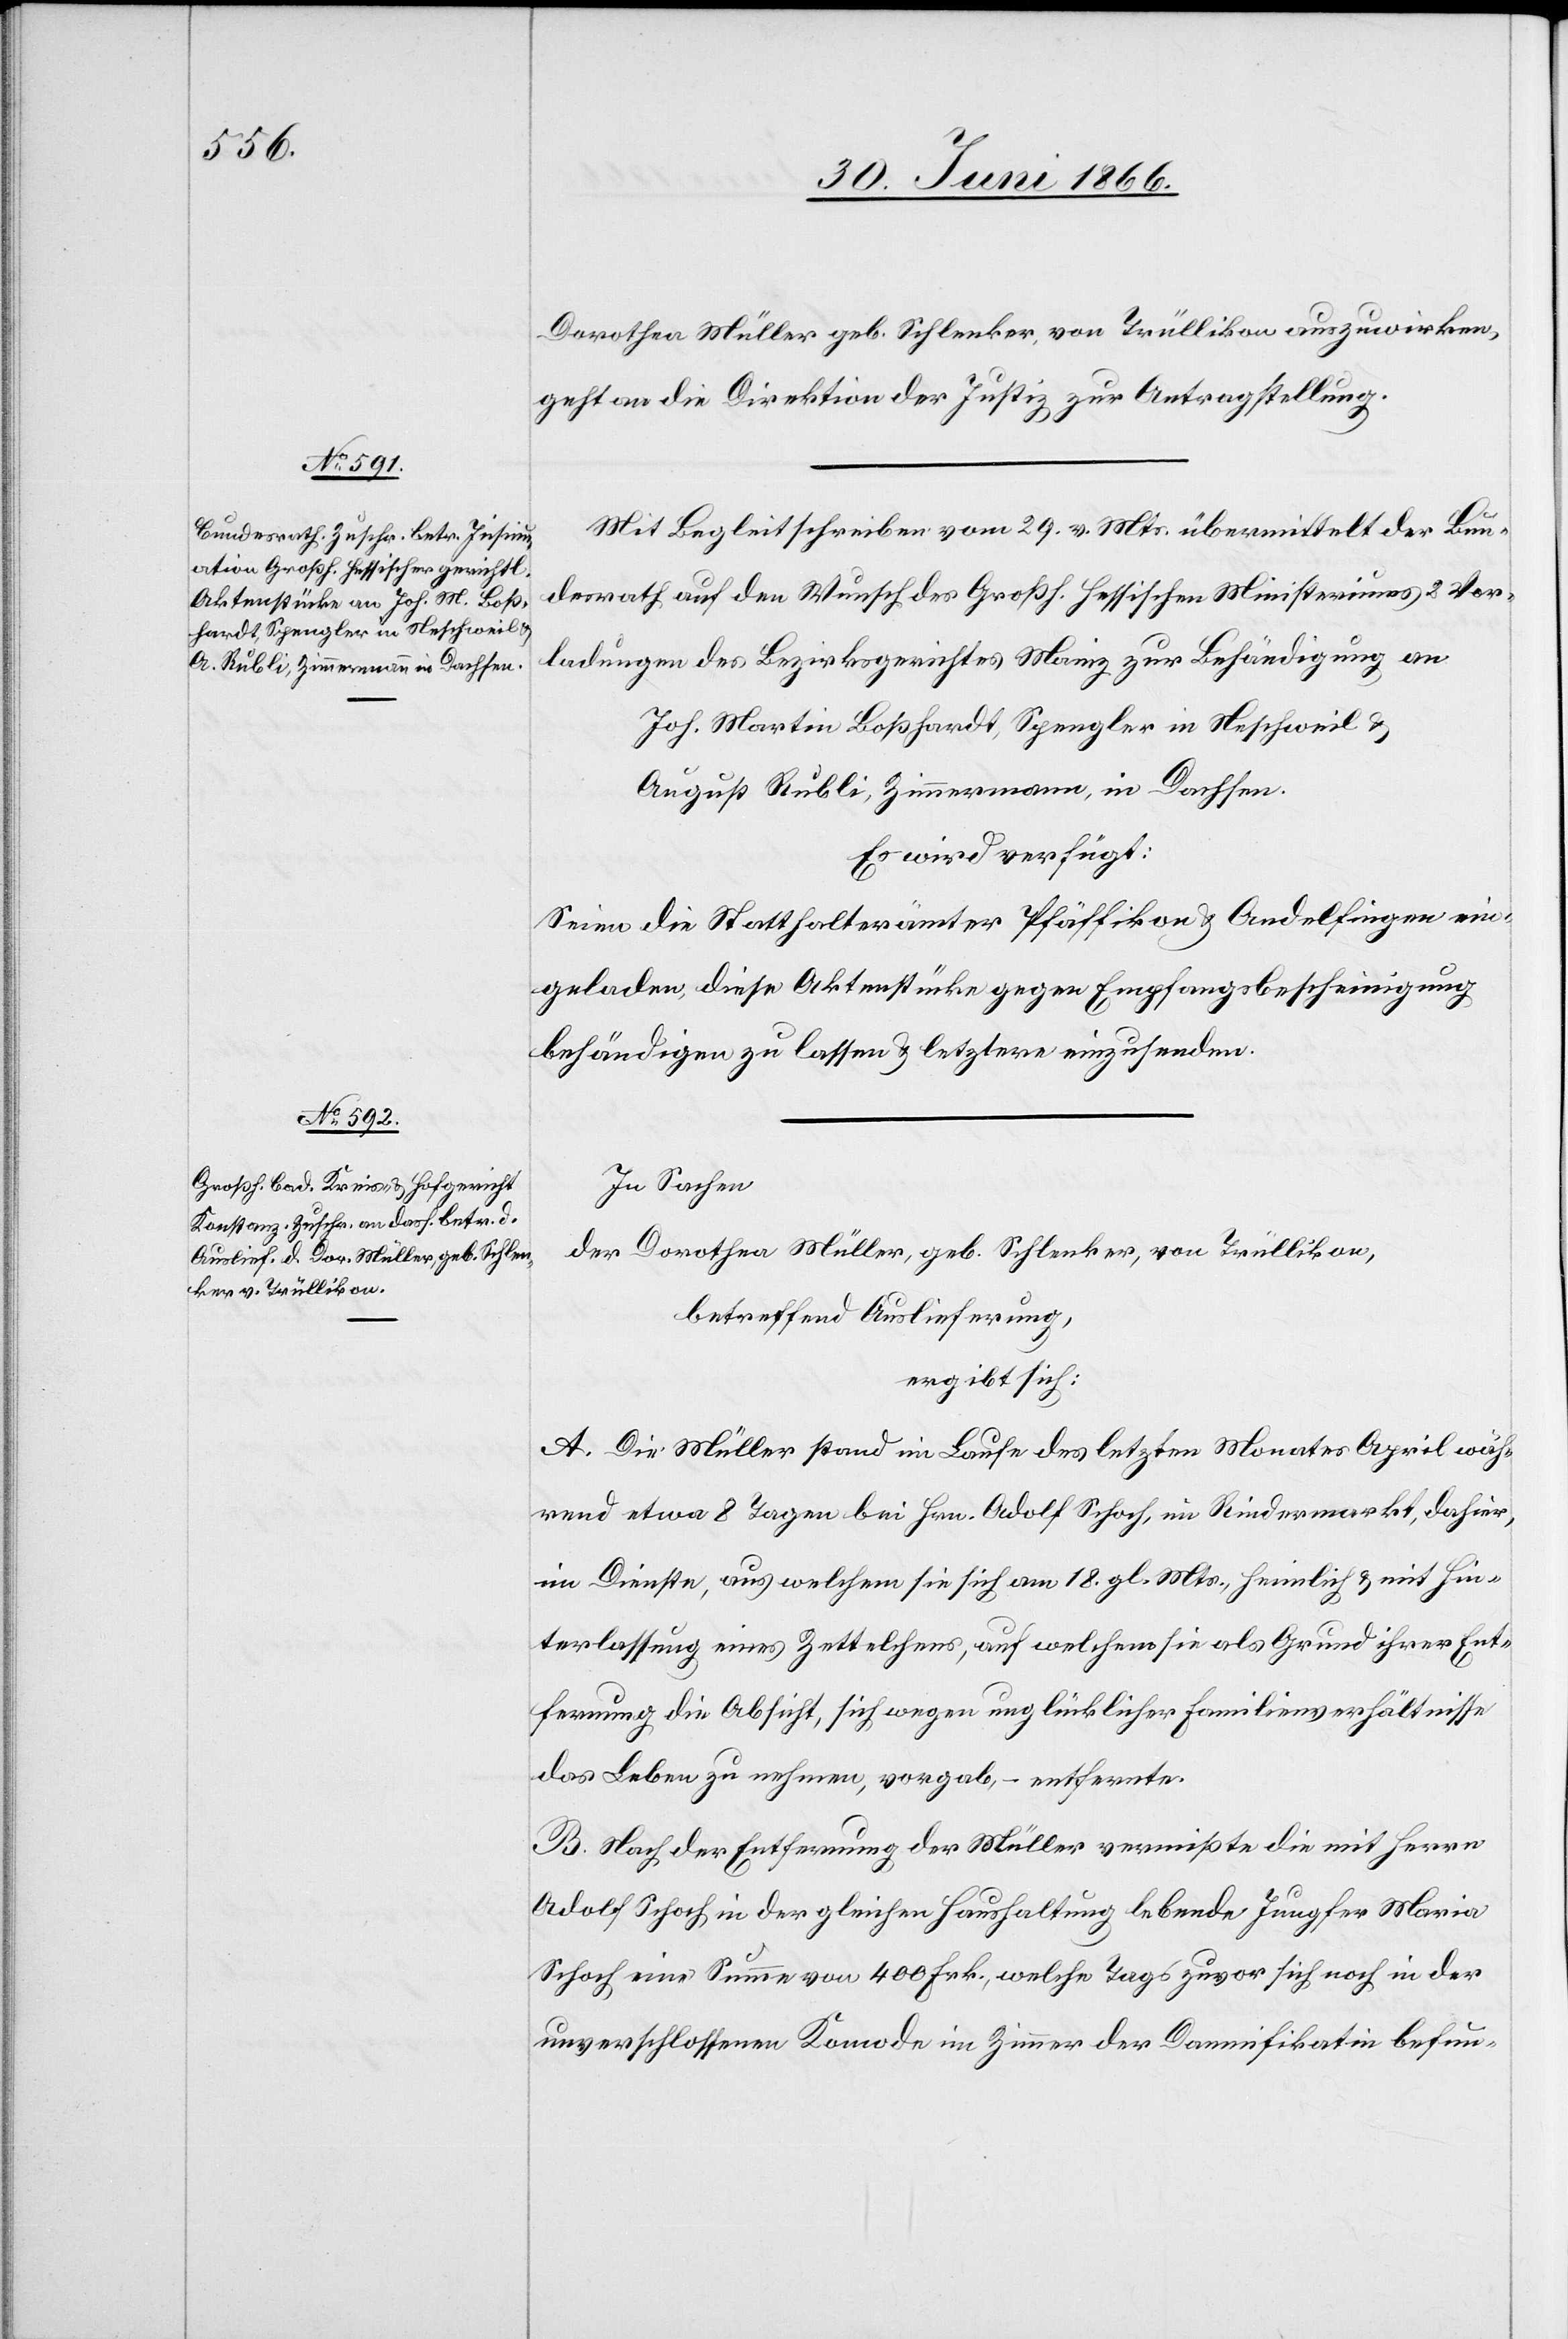
Dorothea Müller geb. Schlenker, von Trüllikon auszuwirken,
geht an die Direktion der Justiz zur Antragstellung.
Mit Begleitschreiben vom 29. v. Mts. übermittelt der Bun¬
desrath auf den Wunsch der Großh. hessischen Ministeriums 2 Vor¬
ladungen des Bezirksgerichtes Mainz zur Behändigung an
Joh. Martin Boßhardt, Spengler in Neschweil u.
August Rubli, Zimmermann, in Dachsen.
Es wird verfügt:
Seien die Statthalterämter Pfäffikon u. Andelfingen ein¬
geladen, diese Aktenstücke gegen Empfangsbescheinigung
behändigen zu lassen u. letztere einzusenden.
In Sachen
der Dorothea Müller, geb. Schlenker, von Trüllikon,
betreffend Auslieferung,
ergibt sich:
A. Die Müller stand im Laufe des letzten Monates April wäh¬
rend etwa 8 Tagen bei Hrn. Adolf Schoch, im Rindermarkt, dahier,
im Dienste, aus welchem sie sich am 18. gl. Mts., heimlich u. mit Hin¬
terlassung eines Zettelchens, auf welchem sie als Grund ihrer Ent¬
fernung die Absicht, sich wegen unglücklicher Familienverhältnisse
das Leben zu nehmen, vorgab, – entfernte.
B. Nach der Entfernung der Müller vermißte die mit Herrn
Adolf Schoch in der gleichen Haushaltung lebende Jungfer Maria
Schoch eine Summe von 400 Frk., welche Tags zuvor sich noch in der
unverschlossenen Komode im Zimmer der Damnifikatie befun-